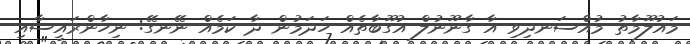
މައުލޫމާތު މުއްސަނދިވި އާ ގާނޫނުލް އުގޫބާތެއް ހަދަމުން ދާ ކަމެއް ނޭނގޭ: ނިހާންރައީސާއި